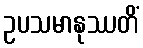
ဥပသမာနုဿတိံ